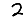
Digit: 2